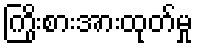
ကြိုးစားအားထုတ်မှု